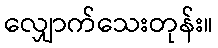
လျှောက်သေးတုန်း။